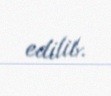
edilib.